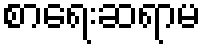
စာရေးဆရာမ